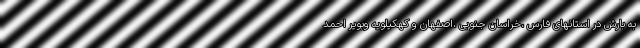
به بارش در استانهای فارس ،خراسان جنوبی ،اصفهان و کهکیلویه وبویر احمد